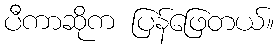
ပီကာဆိုက ပြန်ဖြေတယ်။